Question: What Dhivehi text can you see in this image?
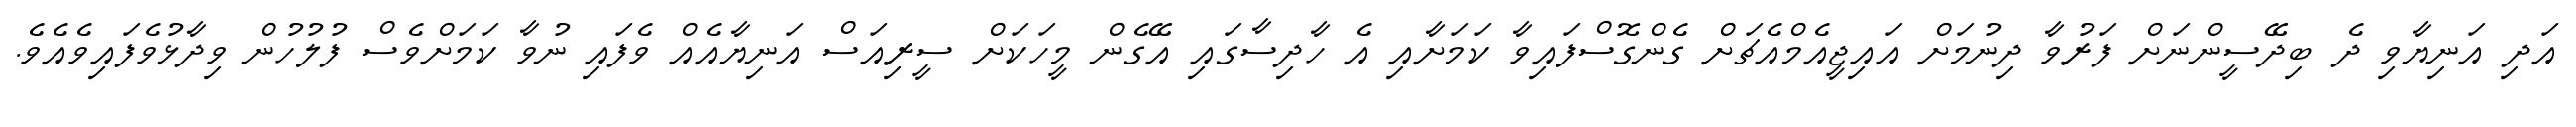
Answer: އަދި އަނިޔާވި ދެ ބިދޭސީންނަށް ފަރުވާ ދިނުމަށް އައިޖީއެމްއެޗަށް ގެންގޮސްފައިވާ ކަމަށާއި އެ ހާދިސާގައި އޭގެން މީހަކަށް ސީރިއަސް އަނިޔާއެއް ވެފައި ނުވާ ކަމަށްވެސް ފުލުހުން ވިދާޅުވެފައިވެއެވެ.